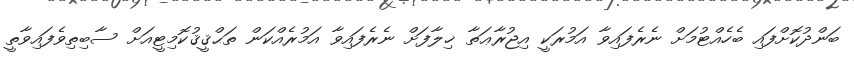
ބަންދުކޮށްފައި ބެހެއްޓުމަށް ނެރެފައިވާ އަމުރަކީ އިޖުރާޢަތާ ޚިލާފަށް ނެރެފައިވާ އަމުރެއްކަން ތަޙްޤީޤުކޮމިޓީއަށް ސާބިތިވެފައިވާތީ